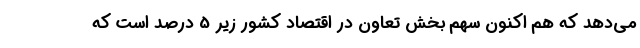
می‌دهد که هم اکنون سهم بخش تعاون در اقتصاد کشور زیر 5 درصد است که